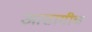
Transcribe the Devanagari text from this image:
आसामीच